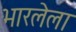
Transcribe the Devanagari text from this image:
भारलेला